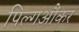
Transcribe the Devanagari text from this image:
पिल्गऔंकर